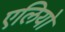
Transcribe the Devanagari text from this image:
एलियो